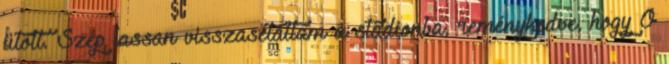
ütött. Szép lassan visszasétáltam a stadionba, reménykedve, hogy Ő